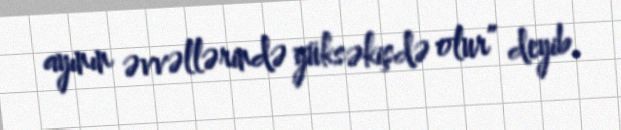
ayının əvvəllərində yüksəkişdə olur” deyib.